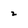
Character: 2